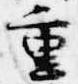
重